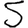
Digit: 5